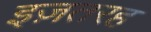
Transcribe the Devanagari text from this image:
इज़तरह